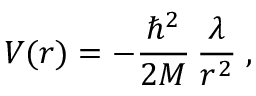
V ( r ) = - \frac { \hbar ^ { 2 } } { 2 M } \, \frac { \lambda } { r ^ { 2 } } \; ,